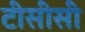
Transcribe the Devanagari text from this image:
टीसीसी